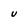
Character: U